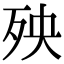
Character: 殃